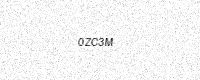
Text: 0ZC3M